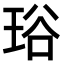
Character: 𤥫